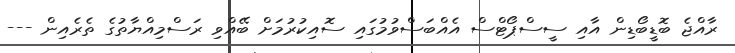
ރާއްޖެ ބޮޑީބޯޑިން އާއި ސީސްޕޯޓްސް އެއްބަސްވުމުގައި ސޮއިކުރުމަށް ބޭއްވި ރަސްމިއްޔާތުގެ ތެރެއިން ---